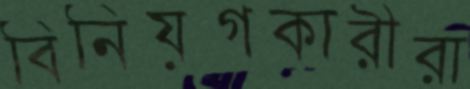
বিনিয়গকারীরা